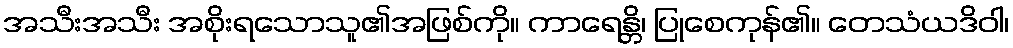
အသီးအသီး အစိုးရသောသူ၏အဖြစ်ကို။ ကာရေန္တိ၊ ပြုစေကုန်၏။ တေသံယဒိဝါ၊